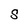
Character: S